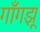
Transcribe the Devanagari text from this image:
गाँगझू